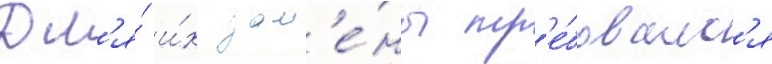
Дл'я́ и́х зам'е́ны тр'е́бовалс'я